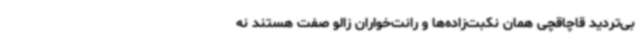
بی‌تردید قاچاقچی همان نکبت‌زاده‌ها و رانت‌خواران زالو صفت هستند نه